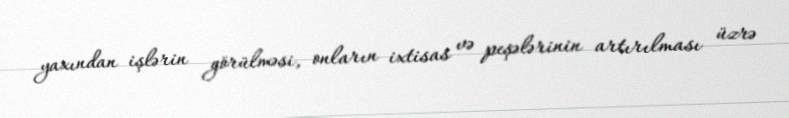
yaxından işlərin görülməsi, onların ixtisas və peşələrinin artırılması üzrə